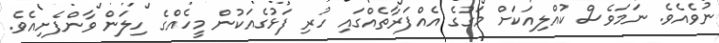
ނުވެއެވެ. ނަމަވެސް ކުއްލިއަކަށް މަގުގެ އެއްފަރާތެއްގައި ހުރި ފަޅުގެއަކުން މީހެއްގެ ހިލަން ވާންފެށިއެވެ.